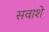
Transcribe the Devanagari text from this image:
सवाशे